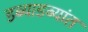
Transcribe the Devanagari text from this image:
डब्याडब्यांत